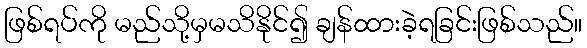
ဖြစ်ရပ်ကို မည်သို့မှမသိနိုင်၍ ချန်ထားခဲ့ရခြင်းဖြစ်သည်။